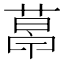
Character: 𦷣